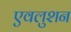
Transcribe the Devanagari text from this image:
एवलुशन